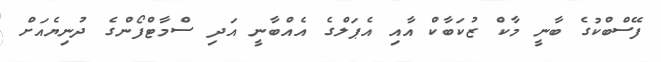
ފޭސްބްކުގެ ބާނީ މާކް ޒުކަބާކް އާއި އެޕަލްގެ އެއްބާނީ އަދި ސްމާޓްފޯންގެ ދުނިޔެއަށް